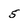
Character: 5